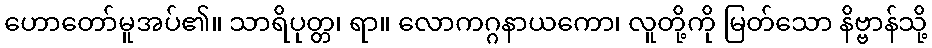
ဟောတော်မူအပ်၏။ သာရိပုတ္တ၊ ရာ။ လောကဂ္ဂနာယကော၊ လူတို့ကို မြတ်သော နိဗ္ဗာန်သို့